Leaving Certificate Examination, 1904
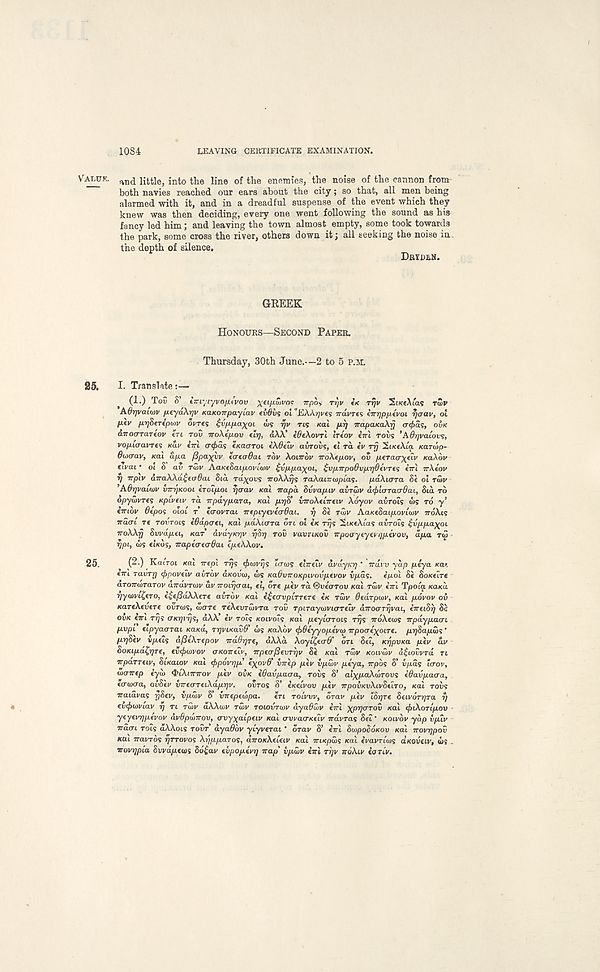
1084
LEAVING CERTIFICATE EXAMINATION.
VALUK. at)(j
int 0 the line of the enemies, the noise of the cannon from
both navies reached our ears about the city; so that, all men being
alarmed with it, and in a dreadful suspense of the event which they
knew was then deciding, every one went following the sound as his
fancy led him; and leaving the town almost empty, some took towards
the park, some cross the river, others down it; all seeking the noise in.
the depth of silence.
DRTDMI.
GREEK
HONOURS—SECOND PAPER.
Thursday, 30th June.—2 to 5 P.M.
25.
I. Translate:—
(1.) Tov S’ iirtytyvo/itvov ^et/Awi/oc Trpo* rqv IK TTJI/ SiKeAtas rwv
Adrjvcufov [ieyd\r]v KaKonpayiav tvdiig ol "EAA^i/es TravTCS iTrrjpfxevoi rjaav, ol
p-tv prjSertpoiv ovres ^vppa-^oi ws rjv ns Kai p-q TrapaKakfj acfias, OVK
aTToarraTtov tn TOV iroXepov dr), aAA’ iOtXovrl Irtov iirl rows ’AOqvaLovs,
vopuravre; KUV irri o-<^as eKacrroi eXGeiv avrovs, el ra iv rrj SiKtAia Karutp-
OixHjav, Kai a pa fipa^yv tcrtoOai TOV XOITTOV iroXepov, ov peracrxdv KaXov
tivai • ol B av Tuiv AaKtBaipovlu.iv ^vppa\oi, £vpTrpo8vpr)6tvTt<; irrl rrXtov
r) rrpiv drraXXd^taQai Sid ra^ovs iroXXqs raXaiTrwpi'as. pdXiora Se ol rutv
1 Adqvauvv irrqKooi troipot rjaav Kai irapd Svvapiv avruiv d^tcrracrflat, Slot TO
opywvres Kpivtiv rd rrpay para, Kal pqS' vn-oXtirreiv Xoyov aurois <I>s TO y’
(TTIOV 6epos oloi T tcrovrai rrtpiytvtcrOai. f) Se TOIV AaKtSaipoviivv TTOAI?
■ jrao-i Te TOVTOLS iOdpati, Kai paXicrra on ol tK rrjs SiKeAias avrois $vppaxpi
rroXXrj Svvdpti, Kar dvdyicqv r/Sq TOU vavriKOV irpoaytyevqpivov, dpa T<3
qpi, is etKos, iraptaecrdai tptXXov.
25.
(2-) KaiToi Kai irtpi rqs (fciovqs Zcrws eiTreiv dvdy/iq ’ rrutv yap ply a Kai.
eirl ravTT) <f>povtiv airdv aKovio, OJS KaQvnoKpivovptvov vpds.
epol Se SoKeire
aroTTwraTov arravTaiv av rroiquai, el, ore pev rd ©vearov Kal TUIV eVi Tpoia KUKU
qymvi^ero, e^tfidXXtre avrov Kal t^ecrvpiTTere eV Taiv dtarpiav, Kal povov ov
KareXeveTe ovrais, uicrre TtXevruivTa TOV Tpirayuivia-Teiv diroarTqvai, irreiSq Se
OVK em Tqi <TKqvq<;, dAA ev TOIS KOIVOIS Kai /neyiorois r^s iroAeias irpaypaai
pvpi eipyaarai KaKd, rqviKavO' <I)S KaXov (fiOeyyopevto Trpocre^oiTe. pqSapwq ‘
pqSev vpeis dfieXTtpov irddqre, dXXd XoyL^ecrO' on Sei, KqpvKa pev av
SoKipd^qre, evijxvvov crKorreiv, irpeo-fievTqv Se Kal TOJV KOIVWV d£iovvrd n
wpaTreiv, SiKaiov Kai tppovqp' txpv6' virep pev vpwv peya, Trpos S’ v/xas “crov,
ivairep eyui ^lAiirirov pev OVK edavpaaa, rovi S’ al)(paXu>Tov<; edavpaaa,
eawcra, ovSev vire<neiXdpqv.
ovros S’ eKeivov pev rrpovKvXivSeiTO, Kal TOV<;
iraiavas qSev, vpu>v S virepetvpa.
en TOLVVV, orav pev iSqre Seivorqra q
evcfxvviav q TI TUJV dXXuiV TUIV TOIOVTWV dyaOuiv errl xpqaTov Kal tjrtXoTipov
yeyevqpevov dvBpwirov, avy^alpeiv Kai avvacrKeiv irdvTas Sei ‘ KOIVOV yap vpiv
Traori TOIS dAAois TOUT’ dyaddv yiyverai ’ OTOV S’ eirl ScopoSoKOV Kai rrovqpov
Kai iravros IJTTOVOS Xqpparos, drroKXeieiv Kal rriKpais Kai evavriajs aKOVeiv, <os
•novqpia Svvdpewi 86£av evpopevq nap' ipwv enl rqv noXiv eoriv.